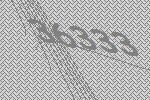
36333